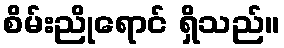
စိမ်းညိုရောင် ရှိသည်။